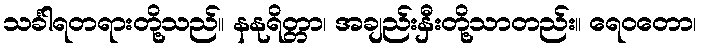
သင်္ခါရတရားတို့သည်။ နနုရိတ္တာ၊ အချည်းနှီးတို့သာတည်း။ ရေဝတော၊